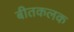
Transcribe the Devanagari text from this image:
बीतकलक